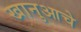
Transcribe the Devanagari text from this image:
खानुआचे